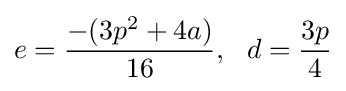
e={\frac {-(3p^{2}+4a)}{16}},\ \ d={\frac {3p}{4}}